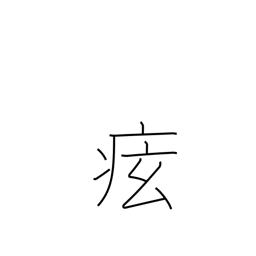
Meaning: cramps